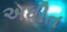
અધીત